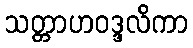
သတ္တာဟဝဒ္ဒလိကာ